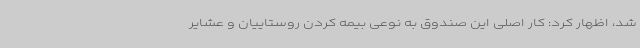
شد، اظهار کرد: کار اصلی این صندوق به نوعی بیمه کردن روستاییان و عشایر